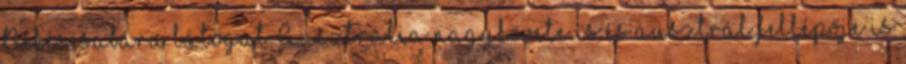
Békéscsabára látogat Ausztrália nagykövete is és ausztrál fellépője is